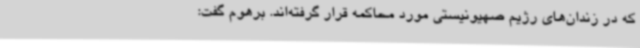
که در زندان‌های رژیم صهیونیستی مورد محاکمه قرار گرفته‌اند. برهوم گفت: